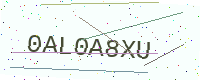
Text: 0AL0A8XU